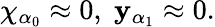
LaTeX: \chi_{\alpha_{0}}\approx0,\; \mathbf{y}_{\alpha_{1}}\approx0.